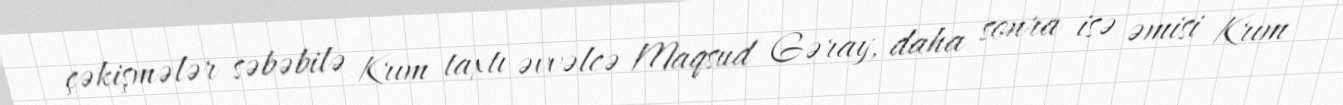
çəkişmələr səbəbilə Krım taxtı əvvəlcə Maqsud Gəray, daha sonra isə əmisi Krım